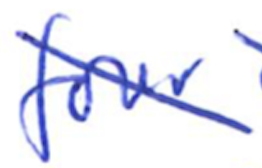
Text: four
Cross-out: diagonal
Writing tool: ballpoint